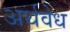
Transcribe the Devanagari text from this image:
अर्थवेध